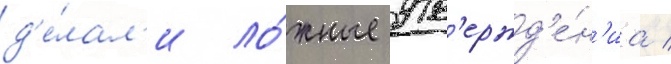
д'е́лал'и ло́жные утв'ержд'е́н'иа /